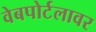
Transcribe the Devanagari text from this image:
वेबपोर्टलावर